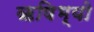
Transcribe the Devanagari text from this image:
ऋषिभ्यो